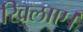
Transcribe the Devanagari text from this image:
खिलाए।